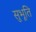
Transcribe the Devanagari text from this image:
सुभूति